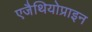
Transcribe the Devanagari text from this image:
एजैथियोप्राइन